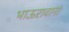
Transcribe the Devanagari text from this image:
भाऊरावाना